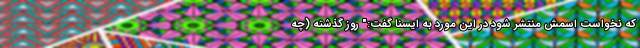
که نخواست اسمش منتشر شود در این مورد به ایسنا گفت:" روز گذشته (چه